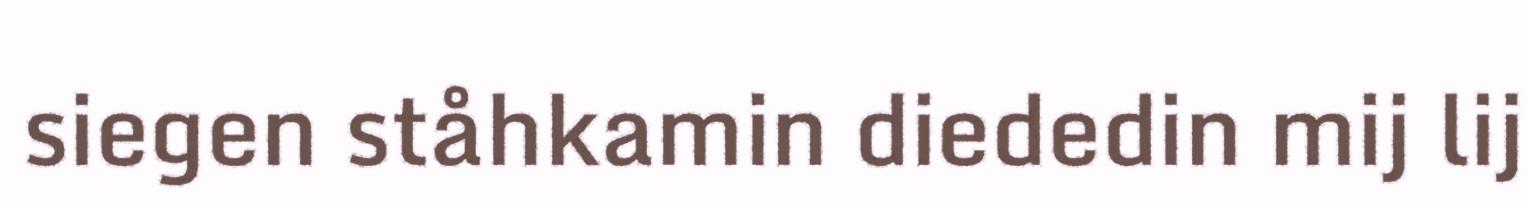
siegen ståhkamin diededin mij lij